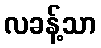
လခန့်သာ